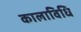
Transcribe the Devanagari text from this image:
कालाविधि